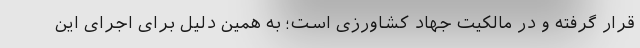
قرار گرفته و در مالکیت جهاد کشاورزی است؛ به همین دلیل برای اجرای این